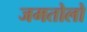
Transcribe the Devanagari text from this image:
जमतोलो